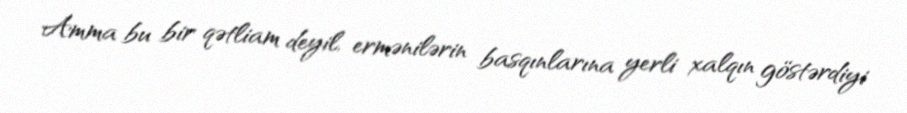
Amma bu bir qətliam deyil, ermənilərin basqınlarına yerli xalqın göstərdiyi